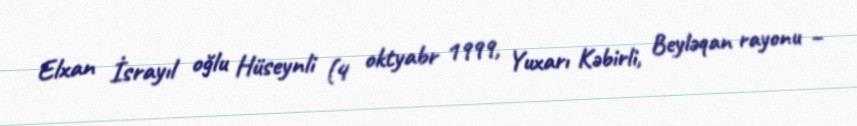
Elxan İsrayıl oğlu Hüseynli (4 oktyabr 1999, Yuxarı Kəbirli, Beyləqan rayonu –